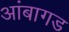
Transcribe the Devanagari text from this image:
आंबागड